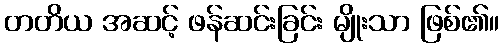
တတိယ အဆင့် ဖန်ဆင်းခြင်း မျိုးသာ ဖြစ်၏။